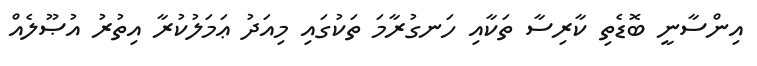
އިންސާނީ ބޮޑެތި ކާރިސާ ތަކާއި ހަނގުރާމަ ތަކުގައި މިއަދު ޢަމަލުކުރާ އިތުރު އުޞޫލެއް